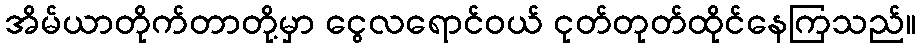
အိမ်ယာတိုက်တာတို့မှာ ငွေလရောင်ဝယ် ငုတ်တုတ်ထိုင်နေကြသည်။